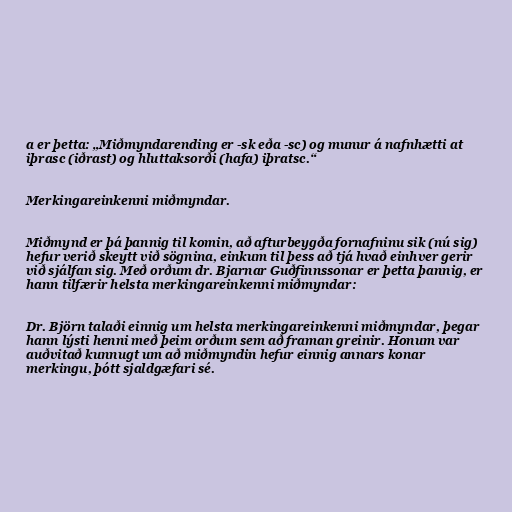
a er þetta: „Miðmyndarending er -sk eða -sc) og munur á nafnhætti at
iþrasc (iðrast) og hluttaksorði (hafa) iþratsc.“

Merkingareinkenni miðmyndar.

Miðmynd er þá þannig til komin, að afturbeygða fornafninu sik (nú sig)
hefur verið skeytt við sögnina, einkum til þess að tjá hvað einhver gerir
við sjálfan sig. Með orðum dr. Bjarnar Guðfinnssonar er þetta þannig, er
hann tilfærir helsta merkingareinkenni miðmyndar:

Dr. Björn talaði einnig um helsta merkingareinkenni miðmyndar, þegar
hann lýsti henni með þeim orðum sem að framan greinir. Honum var
auðvitað kunnugt um að miðmyndin hefur einnig annars konar
merkingu, þótt sjaldgæfari sé.